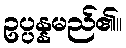
ဥပ္ပန္နမည်၏။